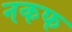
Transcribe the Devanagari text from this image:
नकफ